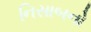
નિસાબનો